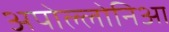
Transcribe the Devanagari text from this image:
अपोल्लोनिआ